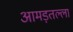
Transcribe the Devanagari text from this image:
आमड़तल्ला